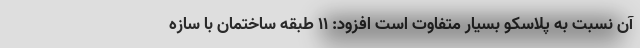
آن نسبت به پلاسکو بسیار متفاوت است افزود: ۱۱ طبقه ساختمان با سازه